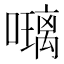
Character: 𭋰